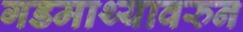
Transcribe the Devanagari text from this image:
गडमाथ्यावरुन